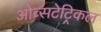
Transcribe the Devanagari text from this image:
ओब्सटेट्रिकल